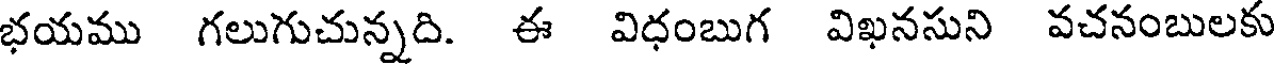
భయము గలుగుచున్నది. ఈ విధంబుగ విఖనసుని వచనంబులకు